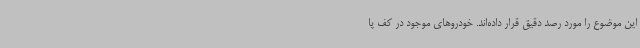
این موضوع را مورد رصد دقیق قرار داده‌اند. خودروهای موجود در کف پا